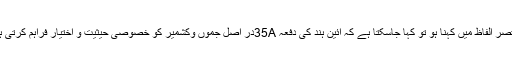
مختصر الفاظ میں کہنا ہو تو کہا جاسکتا ہے کہ آئین ہند کی دفعہ 35Aدر اصل جموں وکشمیر کو خصوصی حیثیت و اختیار فراہم کرتی ہے۔